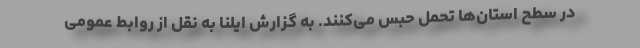
در سطح استان‌ها تحمل حبس می‌کنند. به گزارش ایلنا به نقل از روابط عمومی